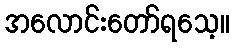
အလောင်းတော်ရသေ့။